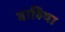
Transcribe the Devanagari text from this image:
वाहिया